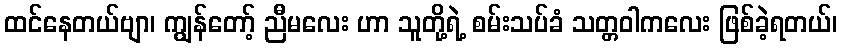
ထင်နေတယ်ဗျာ၊ ကျွန်တော့် ညီမလေး ဟာ သူတို့ရဲ့ စမ်းသပ်ခံ သတ္တဝါကလေး ဖြစ်ခဲ့ရတယ်၊